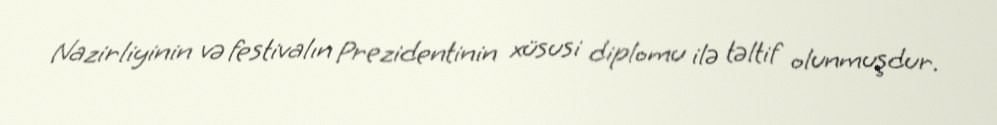
Nazirliyinin və festivalın Prezidentinin xüsusi diplomu ilə təltif olunmuşdur.